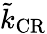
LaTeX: \tilde{k}_{\mathrm{CR}}